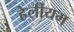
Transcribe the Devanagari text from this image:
हेलीयम